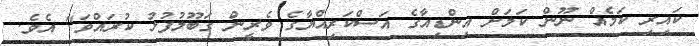
ކައިރި ކަމެއް ނޫން ކަމަށް އިންޑިއާގެ އަސްކަރިއްޔާގެ ވެރީން ގަބޫލުފުޅު ކުރައްވަ" އެވެ.